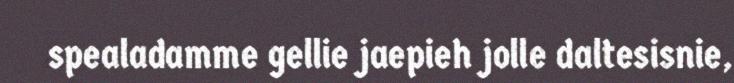
spealadamme gellie jaepieh jolle daltesisnie,